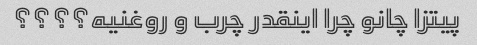
پیتزا چانو چرا اینقدر چرب و روغنیه؟؟؟؟